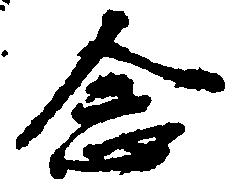
念